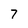
Character: 7